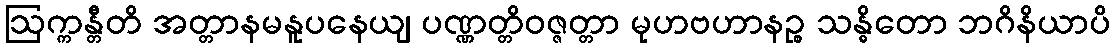
ဩက္ကန္တီတိ အတ္တာနမနူပနေယျ ပဏ္ဏတ္တိဝဇ္ဇတ္တာ မုဟဗဟာနဉ္စ သန္ဓိတော ဘဂိနိယာပိ